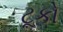
ટૂકો